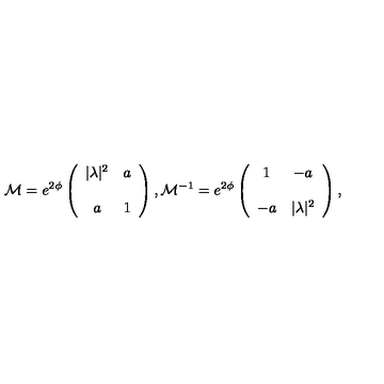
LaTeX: { \cal M } = e ^ { 2 \phi } \left( \begin{array} { c c } { | \lambda | ^ { 2 } } & { a } \\ { } & { } \\ { a } & { 1 } \\ \end{array} \right) , { \cal M } ^ { - 1 } = e ^ { 2 \phi } \left( \begin{array} { c c } { 1 } & { - a } \\ { } & { } \\ { - a } & { | \lambda | ^ { 2 } } \\ \end{array} \right) ,